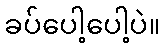
ခပ်ပေါ့ပေါ့ပဲ။